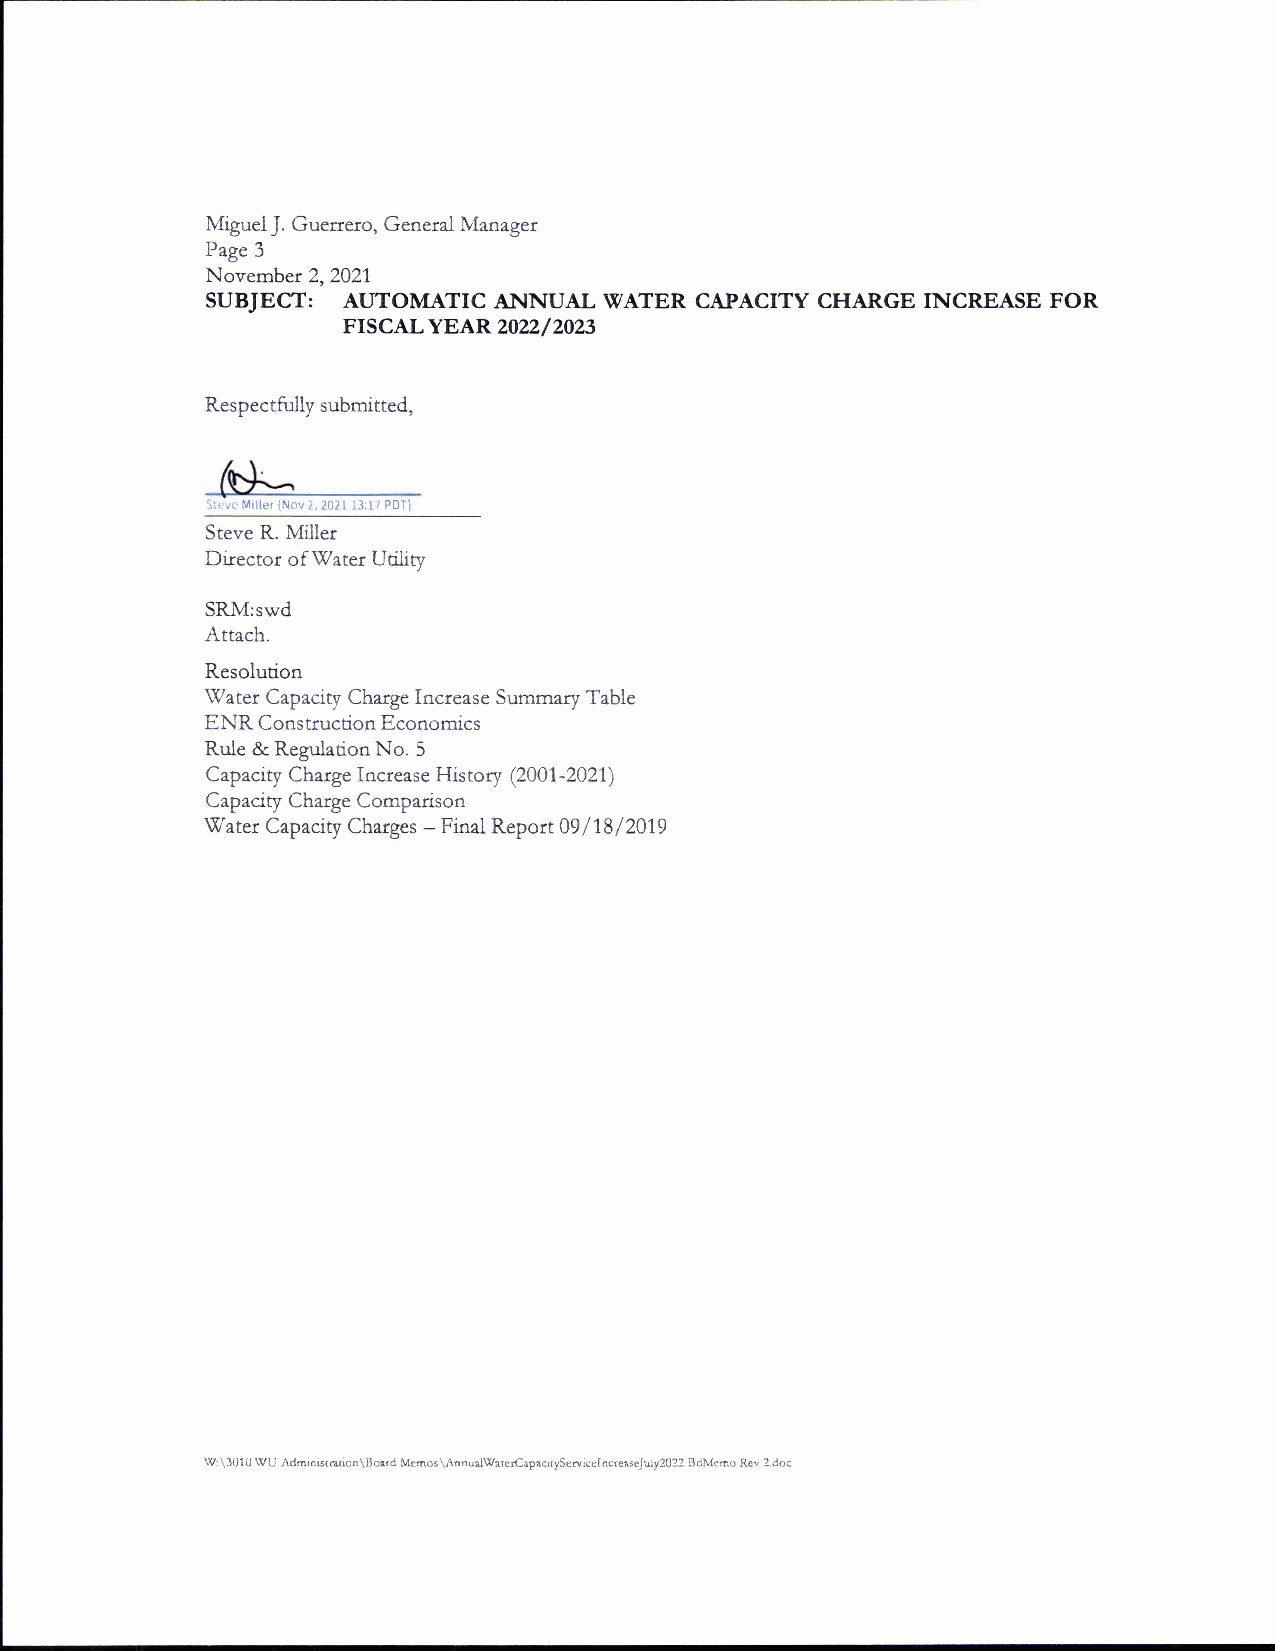
Miguel J. Guerrero, General Manager
 Page 3
 November 2,2021
 SUBJECT: AUTOM,I*TIC ANNUAL WATER CAPACITY CHARGE INCREASE FOR
 FrscALYEAR2022/2023
 Respectfully submitted,
 ',:. yt.Mrlter (t\iov 2. 202I I-l:t / PDT)
 Steve R. Miller
 Director of Water Utility
 SRM:swd
 Attach.
 Resolution
 $7ater Capacity Charge Increase Summary Table
 ENR Construcrion Economics
 Rule & Regulation No. 5
 Capacity Charge Increase History Q001-2021)
 Capaciry Charge Comparison
 Water Capacity Charges - Final Report 09 /'18/2019
 Wr\3010 WU Adaiaisratioo\Boerd Menos\Annua.lWaterCapacrtySericelncteaseJuly2022 BcN{eao Rev 2.doc